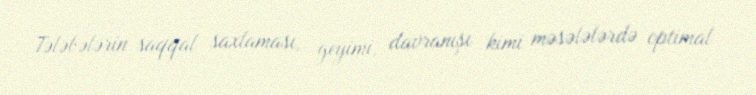
Tələbələrin saqqal saxlaması, geyimi, davranışı kimi məsələlərdə optimal